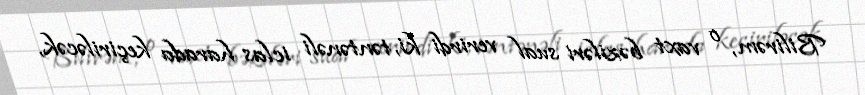
Bilirəm, o vaxt bəziləri sual verirdi ki, təntənəli iclas harada keçiriləcək,